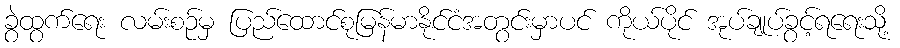
ခွဲထွက်ရေး လမ်းစဉ်မှ ပြည်ထောင်စုမြန်မာနိုင်ငံအတွင်းမှာပင် ကိုယ်ပိုင် အုပ်ချုပ်ခွင့်ရရေးသို့